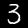
Digit: 3